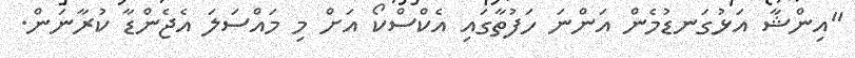
"އިންޝާ އަޅުގަނޑުމެން އަންނަ ހަފުތާގައި އެކްސްކޯ އަށް މި މައްސަލަ އެޖެންޑާ ކުރާނަން.